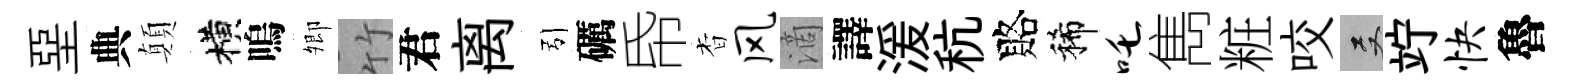
堊典顛横嗚𡖖竹君离引礪帋杳风滴譯湲秔賂稀吒雋粧咬双竚快魯